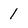
Character: 1